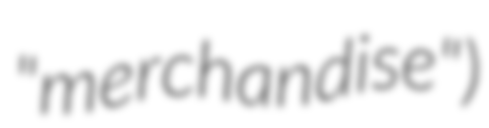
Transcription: "merchandise")